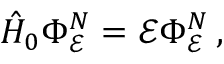
\hat { H } _ { 0 } \Phi _ { \mathcal E } ^ { N } = { \mathcal E } \Phi _ { \mathcal E } ^ { N } \, ,